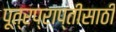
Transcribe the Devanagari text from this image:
पूत्रप्राप्तीसाठी